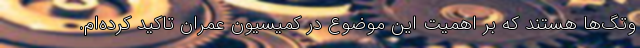
وتگ‌ها هستند که بر اهمیت این موضوع در کمیسیون عمران تاکید کرده‌ام.